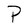
Character: P